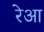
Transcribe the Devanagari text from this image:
रेआ